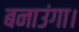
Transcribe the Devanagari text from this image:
बनाउंगा।